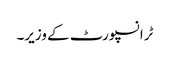
ٹرانسپورٹ کے وزیر۔